Annual administration report of the Civil Veterinary Department of India - 1907-1908
Year: 1907
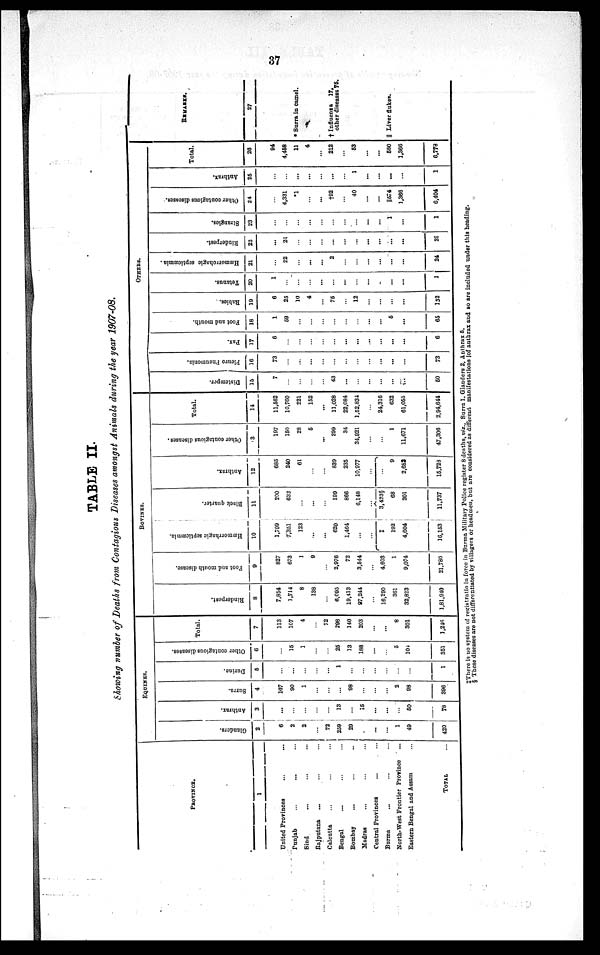
37
TABLE II.
Showing number of Deaths from Contagious Diseases amongst Animals during the year 1907-08.
PROVINCE.
1
United Provinces ... ...
Punjab ... ... ...
Sind ... ... ...
Rajputana ... ... ...
Calcutta ... ... ...
Bengal ... ... ...
Bombay ... ... ...
Madras ... ... ...
Central Provinces ... ... ...
Burma ... ... ...
North-West Frontier Province ...
Eastern Bengal and Assam ...
TOTAL ...
EQUINES.
Glanders.
2
6
2
2
...
72
259
29
...
...
...
1
49
420
Anthrax.
3
...
...
...
...
...
13
...
15
...
...
...
50
78
Surra.
4
107
90
1
...
...
...
98
...
...
...
2
98
396
Durine.
5
...
...
...
...
...
1
...
...
...
...
...
...
1
Other contagious diseases.
6
...
15
1
...
...
25
13
188
...
...
5
104
351
Total.
7
113
107
4
...
72
298
140
203
...
...
8
301
1,246
BOVINES.
Rinderpest.
8
7,854
1,714
8
138
...
6,095
19,413
97,244
...
16,290
361
32,823
1,81,940
Foot and mouth disease.
9
827
673
1
9
...
2,976
72
3,544
...
4,603
1
9,074
21,780
Hæmorrhagic septicæmia.
10
1,799
7,351
123
...
...
620
1,464
...
...
‡
192
4,604
16,153
Black quarter.
11
200
632
...
...
...
199
866
6,148
...
3,423§
68
201
11,737
Anthrax.
12
685
240
61
...
...
839
235
10,977
...
...
9
2,682
15,723
Other contagious diseases.
13
197
150
28
5
...
299
34
34,921
...
...
1
11,671
47,306
Total.
14
11,562
10,760
221
152
...
11,028
22,084
1,52,834
...
24,316
632
61,055
2,94,644
OTHERS.
Distemper.
15
7
...
...
...
...
43
...
...
...
...
...
...
50
Pleuro Pneumonia.
16
73
...
...
...
...
...
...
...
...
...
...
...
73
Pax.
17
6
...
...
...
...
...
...
...
...
...
...
...
6
Foot and mouth.
18
1
59
...
...
...
...
...
...
...
...
5
...
65
Rabies.
19
6
25
10
4
...
75
...
12
...
...
...
...
132
Tetanus.
20
1
...
...
...
...
...
...
...
...
...
...
...
1
Hæmorrohagic septicæmia.
21
...
22
...
...
...
2
...
...
...
...
...
...
24
Rinderpest.
22
...
21
...
...
...
...
...
...
...
...
...
...
21
Strangies.
23
...
...
...
...
...
...
...
...
...
...
1
...
1
Other contagious diseases.
24
...
4,331
*1
...
...
†92
...
40
...
...
||574
1,366
6,404
Anthrax.
25
...
...
...
...
...
...
...
1
...
...
...
...
1
Total.
26
94
4,458
11
4
...
212
...
53
...
...
580
1,366
6,778
REMARKS.
27
* Surra in camel.
† Influenza
17,
other diseases 75.
|| Liver flukes.
‡There is no system of registratio in force in Burma Military Police register 8 deaths, viz., Surra 1. Glanders 2, Anthrax 5.
§ These diseases are not differentiated by villagers or headmen, but are considered as different manifestations |of anthrax and so are included under this heading.